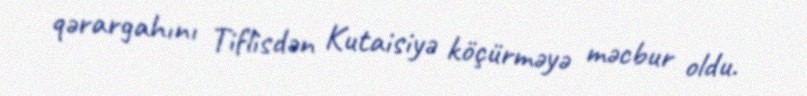
qərargahını Tiflisdən Kutaisiyə köçürməyə məcbur oldu.